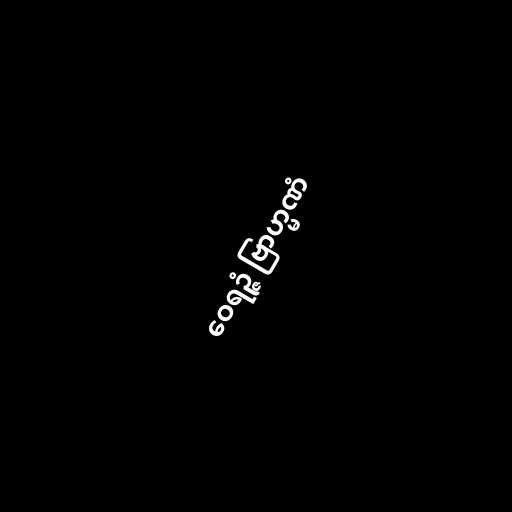
ဝေရဉ္ဇံ ဗြာဟ္မဏံ